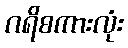
ဂရိစကားလုံး